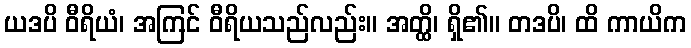
ယဒပိ ဝီရိယံ၊ အကြင် ဝီရိယသည်လည်း။ အတ္ထိ၊ ရှိ၏။ တဒပိ၊ ထိ ကာယိက